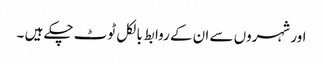
اور شہروں سے ان کے روابط بالکل ٹوٹ چکے ہیں ۔